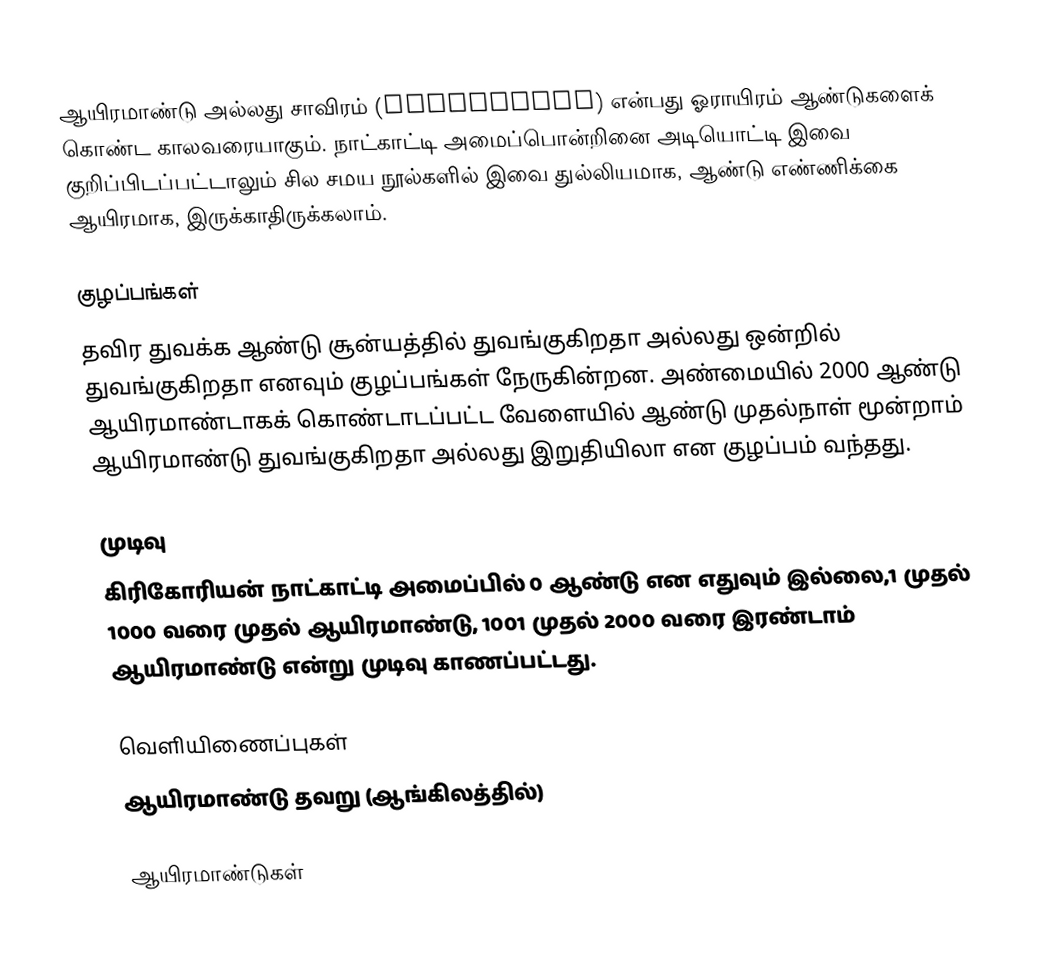
ஆயிரமாண்டு அல்லது சாவிரம் (Millennium) என்பது ஓராயிரம் ஆண்டுகளைக் கொண்ட காலவரையாகும். நாட்காட்டி அமைப்பொன்றினை அடியொட்டி இவை குறிப்பிடப்பட்டாலும் சில சமய நூல்களில் இவை துல்லியமாக, ஆண்டு எண்ணிக்கை ஆயிரமாக, இருக்காதிருக்கலாம்.

குழப்பங்கள்
தவிர துவக்க ஆண்டு சூன்யத்தில் துவங்குகிறதா அல்லது ஒன்றில் துவங்குகிறதா எனவும் குழப்பங்கள் நேருகின்றன. அண்மையில் 2000 ஆண்டு ஆயிரமாண்டாகக் கொண்டாடப்பட்ட வேளையில் ஆண்டு முதல்நாள் மூன்றாம் ஆயிரமாண்டு துவங்குகிறதா அல்லது இறுதியிலா என குழப்பம் வந்தது.

முடிவு
கிரிகோரியன் நாட்காட்டி அமைப்பில் 0 ஆண்டு என எதுவும் இல்லை,1 முதல் 1000 வரை முதல் ஆயிரமாண்டு, 1001 முதல் 2000 வரை இரண்டாம் ஆயிரமாண்டு என்று முடிவு காணப்பட்டது.

வெளியிணைப்புகள்
 ஆயிரமாண்டு தவறு (ஆங்கிலத்தில்)

ஆயிரமாண்டுகள்